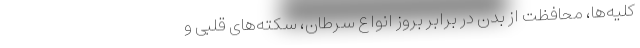
کلیه‌ها، محافظت از بدن در برابر بروز انواع سرطان‌، سکته‌های قلبی و